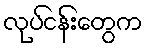
လုပ်ငန်းတွေက